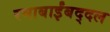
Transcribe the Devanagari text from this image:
रमाबाईंबद्दल